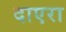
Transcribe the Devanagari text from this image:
दाएरा